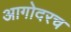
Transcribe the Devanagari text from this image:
आगोदरच